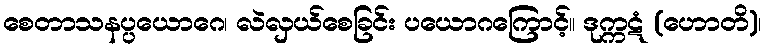
စေတာသနပ္ပယောဂေ၊ လဲလှယ်စေခြင်း ပယောဂကြောင့်။ ဒုက္ကဋံ (ဟောတိ)၊